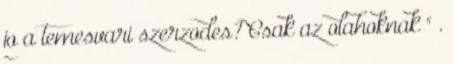
jo a temesvari szerzodes? Csak az olahoknak " .